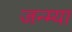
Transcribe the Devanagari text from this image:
जन्म्या